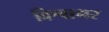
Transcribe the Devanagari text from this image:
विश्वाभर